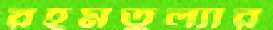
রহমতুল্যার